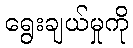
ရွေးချယ်မှုကို